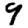
Digit: 9